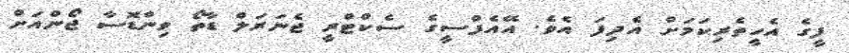
ފީގެ އެހީތެރިކަމަށް އެދިފަ އެވެ. އޭއެފްސީގެ ސެކްޓްރީ ޖެނަރަލް ޑާތޯ ވިންޑޮސާ ޖޯންއަށް